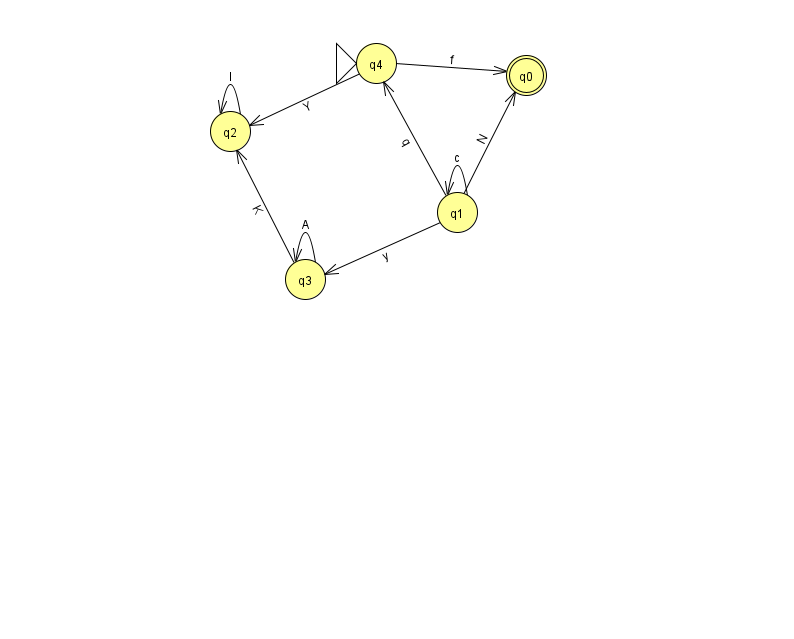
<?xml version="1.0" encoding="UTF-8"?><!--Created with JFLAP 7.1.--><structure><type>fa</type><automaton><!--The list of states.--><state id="0" name="q0"><x>526.0</x><y>62.0</y><final/></state><state id="1" name="q1"><x>457.0</x><y>199.0</y></state><state id="2" name="q2"><x>230.0</x><y>118.0</y></state><state id="3" name="q3"><x>305.0</x><y>266.0</y></state><state id="4" name="q4"><x>376.0</x><y>50.0</y><initial/></state><!--The list of transitions.--><transition><from>3</from><to>3</to><read>A</read></transition><transition><from>1</from><to>1</to><read>c</read></transition><transition><from>1</from><to>3</to><read>y</read></transition><transition><from>1</from><to>4</to><read>q</read></transition><transition><from>3</from><to>2</to><read>K</read></transition><transition><from>2</from><to>2</to><read>l</read></transition><transition><from>1</from><to>0</to><read>N</read></transition><transition><from>4</from><to>2</to><read>Y</read></transition><transition><from>4</from><to>0</to><read>f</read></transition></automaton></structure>